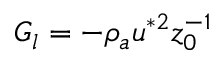
G _ { l } = - \rho _ { a } u ^ { * 2 } z _ { 0 } ^ { - 1 }